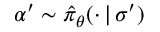
\alpha ^ { \prime } \sim \hat { \pi } _ { \boldsymbol { \theta } } ( \cdot \, \vert \, \sigma ^ { \prime } )